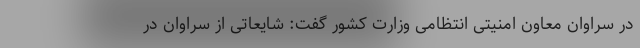
در سراوان معاون امنیتی انتظامی وزارت کشور گفت: شایعاتی از سراوان در